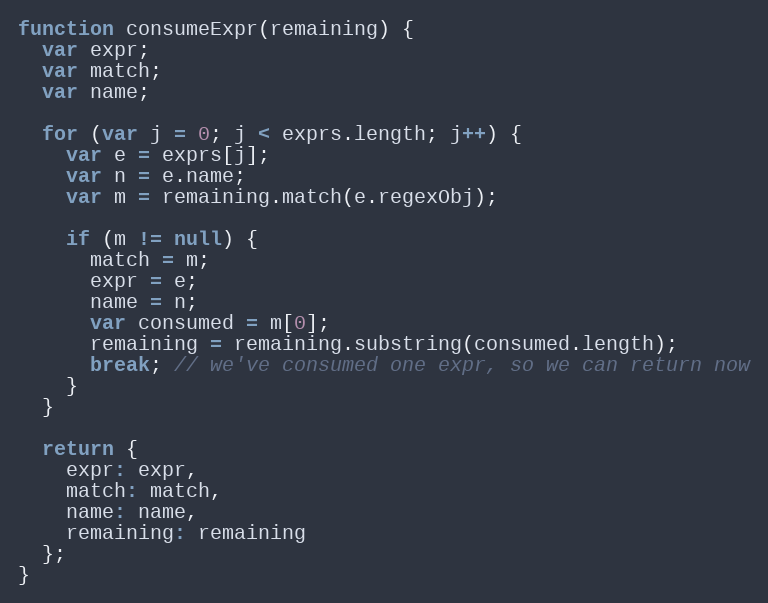
Language: JavaScript
function consumeExpr(remaining) {
  var expr;
  var match;
  var name;

  for (var j = 0; j < exprs.length; j++) {
    var e = exprs[j];
    var n = e.name;
    var m = remaining.match(e.regexObj);

    if (m != null) {
      match = m;
      expr = e;
      name = n;
      var consumed = m[0];
      remaining = remaining.substring(consumed.length);
      break; // we've consumed one expr, so we can return now
    }
  }

  return {
    expr: expr,
    match: match,
    name: name,
    remaining: remaining
  };
}